Vaccination in Bombay 1874-1876 - 1874-1876
Year: 1874
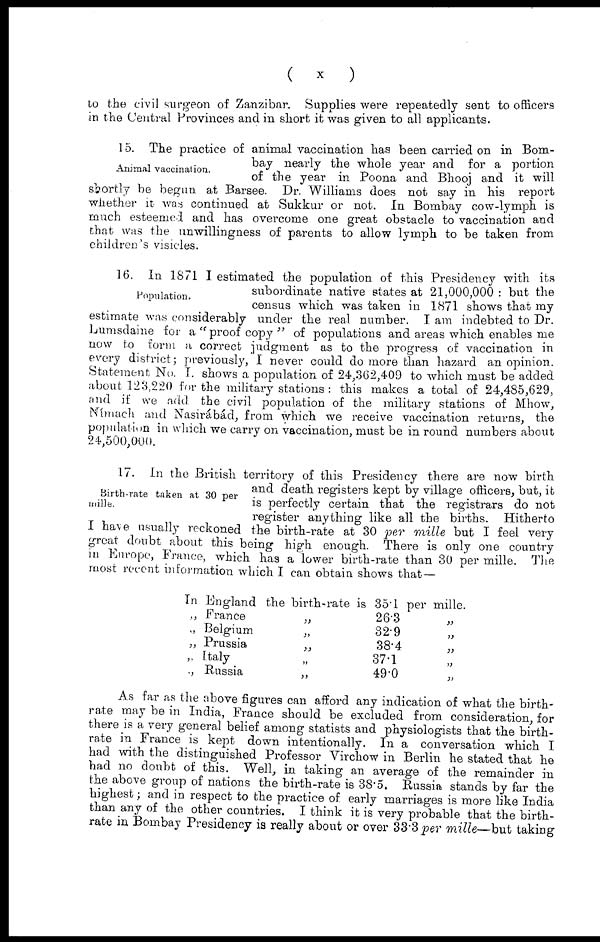
(
x
)
to the civil surgeon of Zanzibar. Supplies were repeatedly sent to officers
in the Central Provinces and in short it was given to all applicants.
Animal vaccination.
15. The practice of animal vaccination has been carried on in Bom-
bay nearly the whole year and for a portion
of the year in Poona and Bhooj and it will
shortly be begun at Barsee. Dr. Williams does not say in his report
whether it was continued at Sukkur or not. In Bombay cow-lymph is
much esteemed and has overcome one great obstacle to vaccination and
that was the unwillingness of parents to allow lymph to be taken from
children's visicles.
Population.
16. In 1871 I estimated the population of this Presidency with its
subordinate native states at 21,000,000 : but the
census which was taken in 1871 shows that my
estimate was considerably under the real number. I am indebted to Dr.
Lumsdaine for a " proof copy " of populations and areas which enables me
now to form a correct judgment as to the progress of vaccination in
every district; previously, I never could do more than hazard an opinion.
Statement No. I. shows a population of 24,362,409 to which must be added
about 123,220 for the military stations : this makes a total of 24,485,629,
and if we add the civil population of the military stations of Mhow,
Nímach and Nasirábád, from which we receive vaccination returns, the
population in which we carry on vaccination, must be in round numbers about
24,500,000.
Birth-rate taken at 30 per
mille.
17. In the British territory of this Presidency there are now birth
and death registers kept by village officers, but, it
is perfectly certain that the registrars do not
register anything like all the births. Hitherto
I have usually reckoned the birth-rate at 30 per mille but I feel very
great doubt about this being high enough. There is only one country
in Europe, France, which has a lower birth-rate than 30 per mille. The
most recent information which I can obtain shows that—
In England the birth-rate is 35.1 per mille.
„ France
„ Belgium
„ Prussia
„ Italy
„ Russia
„
„
„
„
„
26.3
32.9
38.4
37.1
49.0
„
„
„
„
„
As far as the above figures can afford any indication of what the birth-
rate may be in India, France should be excluded from consideration, for
there is a very general belief among statists and physiologists that the birth-
rate in France is kept down intentionally. In a conversation which I
had with the distinguished Professor Virchow in Berlin he stated that he
had no doubt of this. Well, in taking an average of the remainder in
the above group of nations the birth-rate is 38.5. Russia stands by far the
highest; and in respect to the practice of early marriages is more like India
than any of the other countries. I think it is very probable that the birth-
rate in Bombay Presidency is really about or over 33.3per mille— but taking